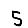
Digit: 5